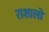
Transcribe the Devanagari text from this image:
राशालो